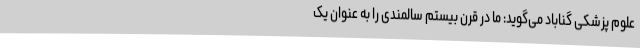
علوم پزشکی گناباد می‌گوید: ما در قرن بیستم سالمندی را به عنوان یک